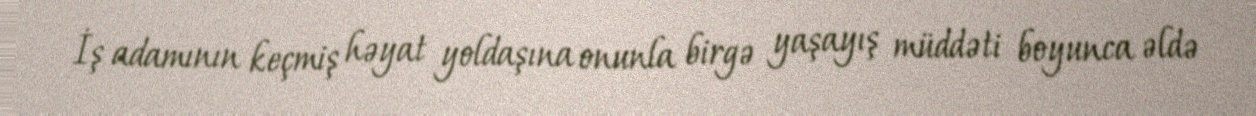
İş adamının keçmiş həyat yoldaşına onunla birgə yaşayış müddəti boyunca əldə